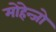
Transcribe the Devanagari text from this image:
मोहेन्जो